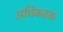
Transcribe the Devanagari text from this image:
अधिकतक